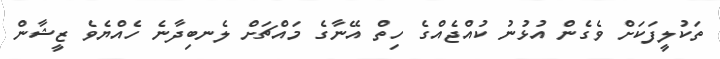
ތަކުލީފަކަށް ވެގެން އުޅުނު ކުއްޖެއްގެ ހިތް އޭނާގެ މައްޗަށް ލެނބިދާނެ ހެއްޔެވެ ޒީޝާން